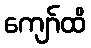
ကျော်ထိ